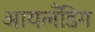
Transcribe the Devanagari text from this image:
आयलँडिग